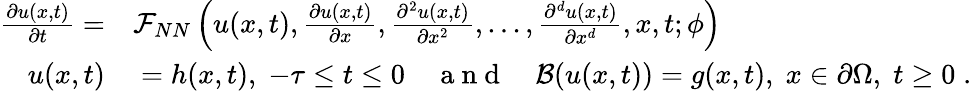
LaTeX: \begin{array}{rl}{\frac{\partial u(x,t)}{\partial t}=}&{{}\mathcal{F}_{NN}\left(u(x,t),\frac{\partial u(x,t)}{\partial x},\frac{\partial^{2}u(x,t)}{\partial x^{2}},...,\frac{\partial^{d}u(x,t)}{\partial x^{d}},x,t;\phi\right)}\\ {u(x,t)}&{{}=h(x,t),\; -\tau\leq t\leq 0\quad\mathrm{~a~n~d~}\quad\mathcal{B}(u(x,t))=g(x,t),\; x\in\partial\Omega,\; t\geq 0\; .}\end{array}